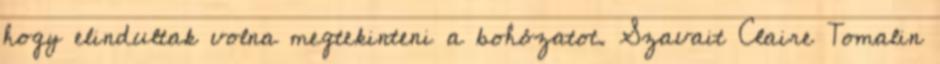
hogy elindultak volna megtekinteni a bohózatot. Szavait Claire Tomalin